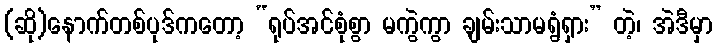
(ဆို)နောက်တစ်ပုဒ်ကတော့ “ရုပ်အင်စုံစွာ မကွဲကွာ ချမ်းသာမရွံရှား” တဲ့၊ အဲဒီမှာ